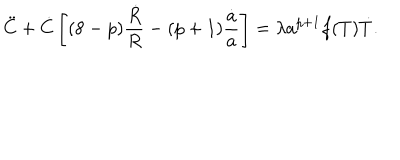
LaTeX: { \ddot { C } } + { \dot { C } } \left[ ( 8 - p ) { \frac { { \dot { R } } } { R } } - ( p + 1 ) { \frac { { \dot { a } } } { a } } \right] = \lambda a ^ { p + 1 } f ( T ) { \dot { T } } .